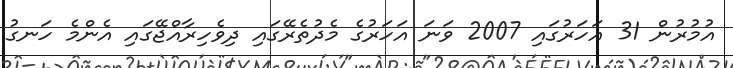
އުމުރުން 31 އަހަރުގައި 2007 ވަނަ އަހަރުގެ މެދުތެރޭގައި ދިވެހިރާއްޖޭގައި އެންމެ ހަނގު